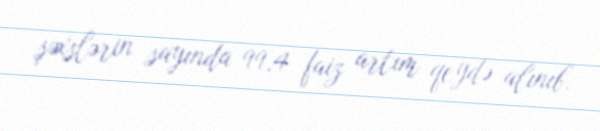
şəxslərin sayında 99,4 faiz artım qeydə alınıb.